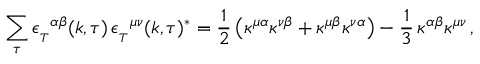
\sum _ { \tau } { \epsilon _ { _ T } } ^ { \alpha \beta } ( k , \tau ) \, { \epsilon _ { _ T } } ^ { \mu \nu } ( k , \tau ) ^ { * } = { \frac { 1 } { 2 } } \left( \kappa ^ { \mu \alpha } \kappa ^ { \nu \beta } + \kappa ^ { \mu \beta } \kappa ^ { \nu \alpha } \right) - { \frac { 1 } { 3 } } \, \kappa ^ { \alpha \beta } \kappa ^ { \mu \nu } \, ,